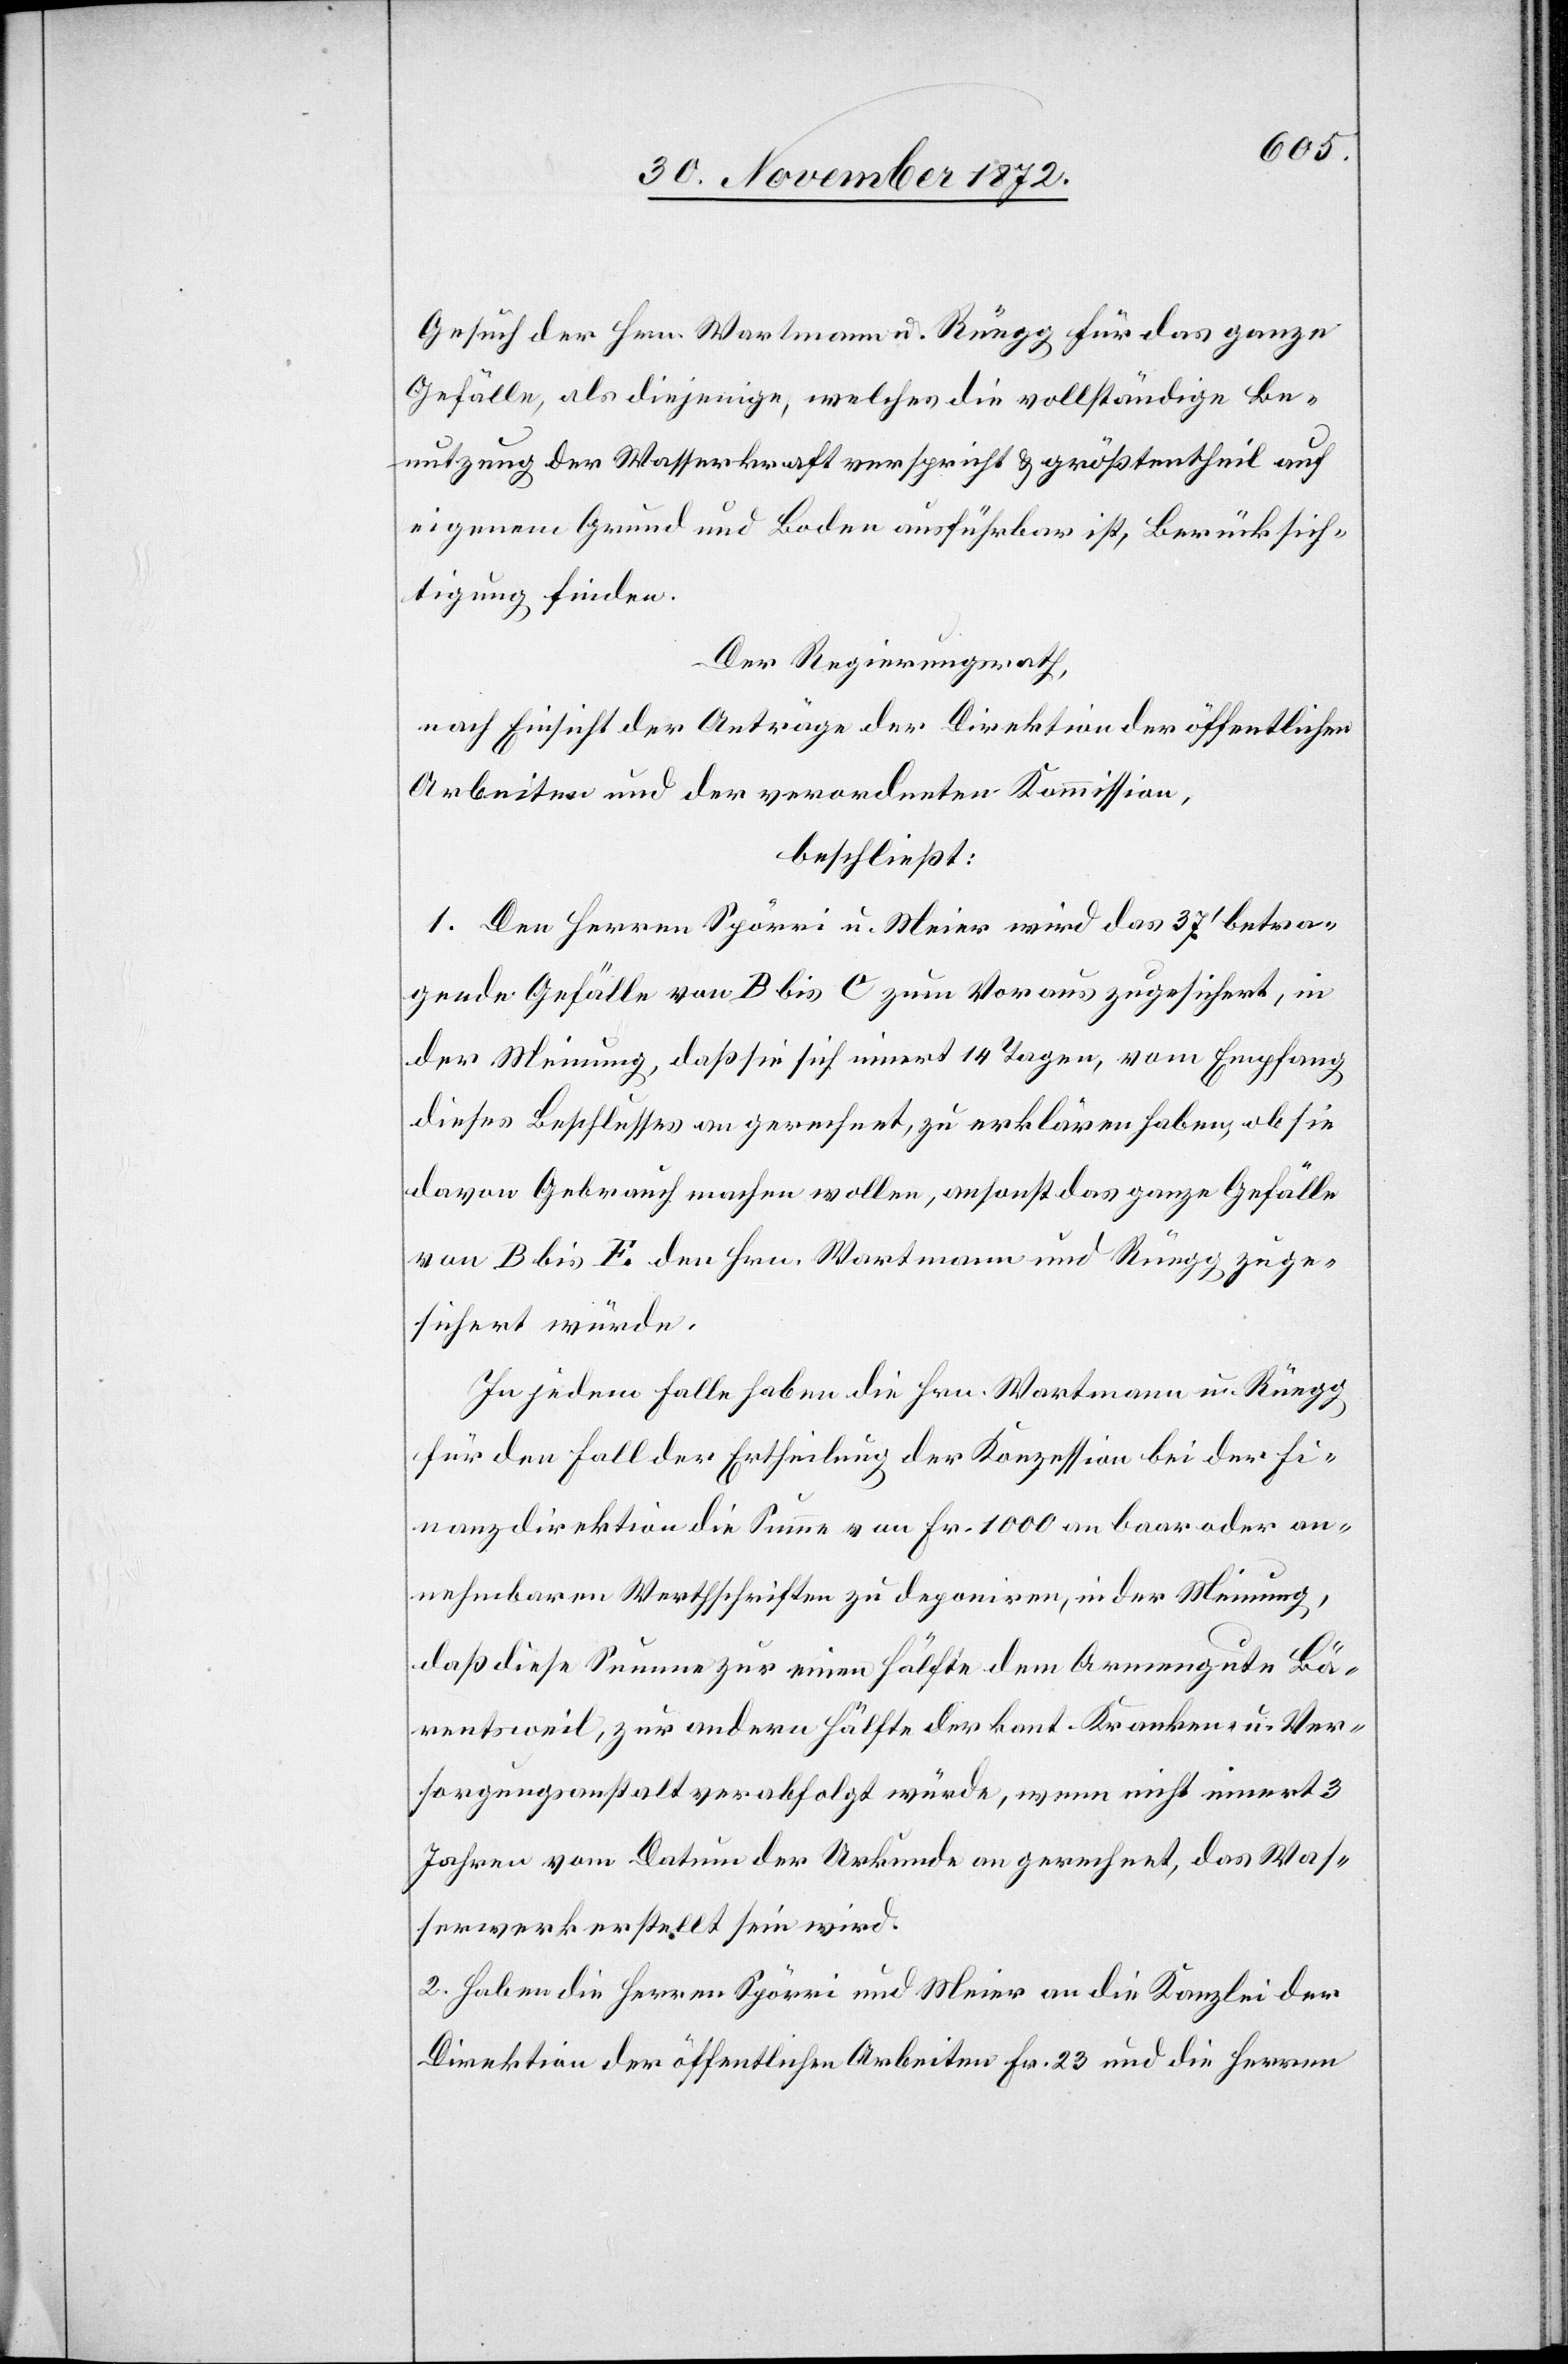
Gesuch der Hrn. Wartmann u. Rüegg für das ganze
Gefälle, als diejenige, welches die vollständige Be¬
nutzung der Wasserkraft verspricht u. größtentheils auf
eigenem Grund und Boden ausführbar, Berücksich¬
tigung finden.
Der Regierungsrath,
nach Einsicht der Anträge der Direktion der öffentlichen
Arbeiten und der verordneten Kommission,
beschließt:
1. Den Herren Spörri u. Meier wird das 37’ betra¬
gende Gefälle von B bis C zum Voraus zugesichert, in
der Meinung, daß sie sich innert 14 Tagen, vom Empfang
dieses Beschlusses an gerechnet, zu erklären haben, ob sie
davon Gebrauch machen wollen, ansonst das ganze Gefälle
von B bis E den Hrn. Wartmann und Rüegg zuge¬
sichert würde.
In jedem Falle haben die Hrn. Wartmann u. Rüegg
für den Fall der Ertheilung der Konzession bei der Fi¬
nanzdirektion die Summe von Fr. 1 000 an baar oder an¬
nehmbaren Werthschriften zu deponiren, in der Meinung,
daß diese Summe zur einen Hälfte dem Armengute Bä¬
rentsweil, zur andern Hälfte der kant. Kranken- u. Ver¬
sorgungsanstalt verabfolgt würde, wenn nicht innert 3
Jahren von Datum der Urkunde an gerechnet, das Was¬
serwerk erstellt sein wird.
2. Haben die Herren Spörri und Meier an die Kanzlei der
Direktion der öffentlichen Arbeiten Fr. 23 und die Herren